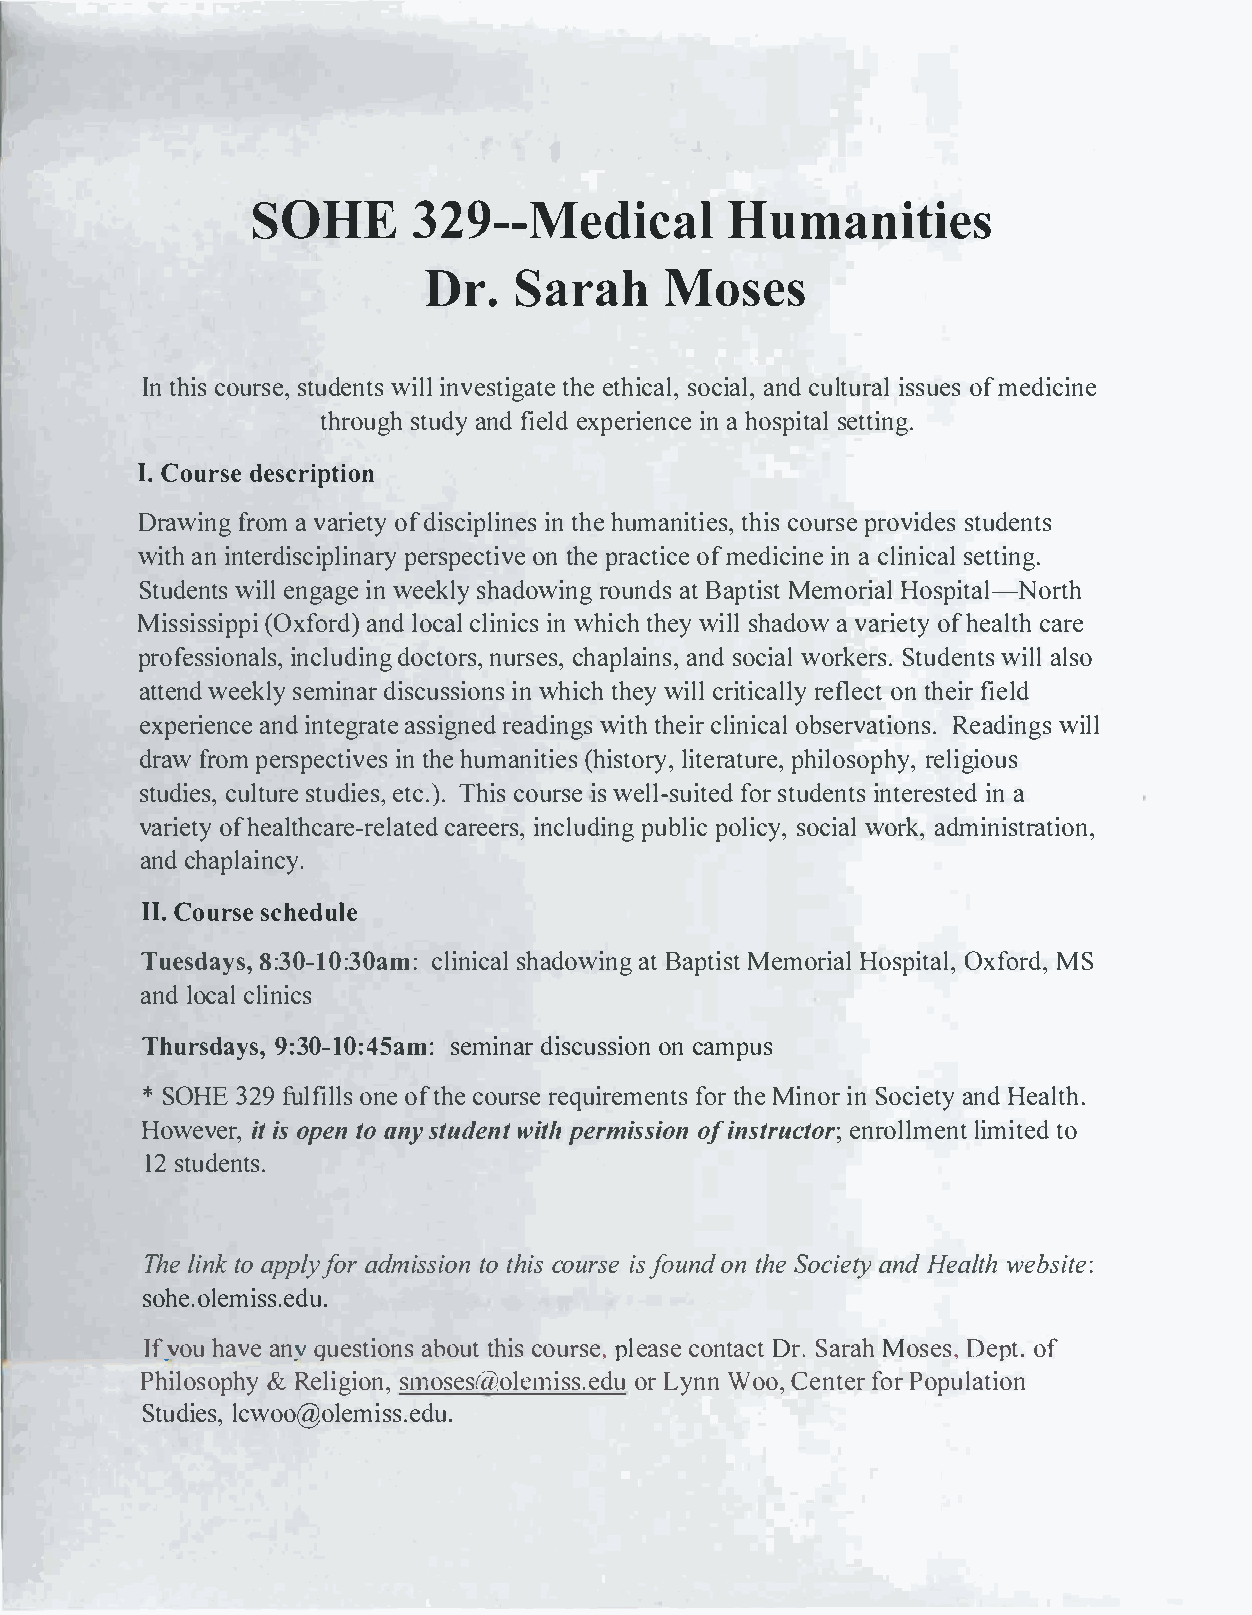
SOHE3         29--MHeudmiacnailt                        ies
 Dr    S.arMaohs            es
 Int hciosu rstsued,ew ni itlnslv esttheietgi hactsaceoli ,a a ldn,c ultiusrsoaufmle e sd icine
 throustguhda nyfid e ledx perinia eh nocseps iettatli ng.
 I.C oursdee scription
 Drawinfrgo mav aetryoi fd icpsiliinnte hshue m aniets,it ihcsou rse provsitduedse nts
 witanhi tnedircsiplipnearrsypo entch tepi arvceto ifmc eed iicnaic nlei n siectatling.
 Studweiln elntgsa gi ewn eek lhsyadowrionugant Bd apst Miesmto rHoisapli tal-North
 Missi(sOxsfoirpdap)nil od c lca liinnwih cistc hhwe liysl h adovwari eaot fhye aclatrhe
 profess,ii  nocnladulodscitnnogur rssc,ehp saal,i nasns,do cwioarlk Setrusd.we lilna tlss o
 aetndt weeksemliynr da iscuis wnshiiotchnhyesw ilcrilt irceaflollnety ch tefi ielrd
 experieanncdie n teagssriagtrneaee ddi wnigt tshh ecliirn oibcsaelr vRaeatdiinowgnissl .l
 darwfr omp erspein ctthhieuv amensis (t hiieslitrtotaeurery,, phirleoglsiioopuhsy ,
 studcuilteussrtu,de ei s, etc.T)h.ci osu irwsse el l-fosrus itdtueenidtn setst eeridna
 varyoi feh tealthcacrraee-eirrnescl,la putudebidpln oiglc si occywi,oa rlak md,i instration,
 andc haplaincy.
 II.C ourssceh edule
 Tuesd8a:y3s0,-  ml:0c :l3i0nsaihcaadlo atwB iapntgiM setmo riHaols pOixtfoarlMd,S,
 and    lcloicnailc s
 Thursd93a:0y-s1,0 :s4em5ianrm da:ic sussoinco anm pus
 *S OH3E2 fu9lfi lolens of t hceo uerr esquirfoertm heMenin toris n S ociaenHtdey a lth.
 Howevi  ietosrpe ,nt oa nsyt udwei npttehm risons ofii snturtcoern;r olllimmeitntote d
 12st udents.
 Thlei tnoak pp lyf oard mistost iihcoson u irfossu en odnt eh SocieatynH de awlethb site:
 sohe.olemiss.edu.
 I .fvhoaueva nyq uestbioouthntics s o au,rp sleecaonsteaD cr.tS a arhM ose,Ds eptof.
 Philos&oR  pehlyi sgmioosne,s rss@..oelordeL umy inWno o C,en fotrePo rpauotlni
 Sutdielsc,w oo@olemiss.edu.